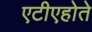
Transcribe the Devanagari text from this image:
एटीएहोते